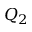
Q _ { 2 }